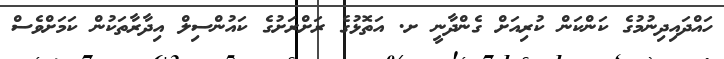
ހައްދައިދިނުމުގެ ކަންކަން ކުރިއަށް ގެންދާނީ ށ. އަތޮޅުގެ ރަށްރަށުގެ ކައުންސިލް އިދާރާތަކުން ކަމަށްވެސް